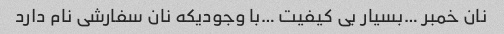
نان خمبر …بسیار بی کیفیت …با وجودیکه نان سفارشی نام دارد